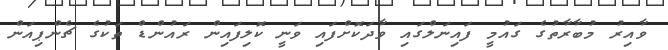
ވާއިރު މުބާރާތުގެ ގައުމީ ފައިނަލްގައި ވާދަކޮށްފައި ވަނީ ކޮލިފައިން ރައުންޑް ތަކުގެ ޗެންޕިއަން